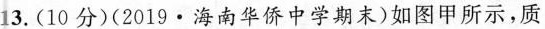
13.(10分)(2019·海南华侨中学期末)如图甲所示，质